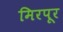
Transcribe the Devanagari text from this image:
मिरपूर